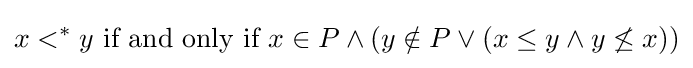
x<^{*}y{\text{ if and only if }}x\in P\land (y\notin P\lor (x\leq y\land y\not \leq x))